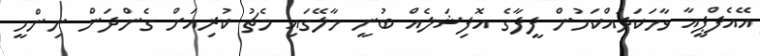
އޭއެފްޕީއާ ވާހަކަދައްކަމުން ފީފާގެ އޮފިޝަލެއް ބުނީ މާލޭގައި މެޗު ކުރިއަށް ގެންދަން ނިންމީ